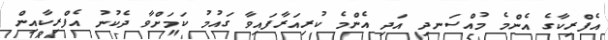
އެފްރިކާގެ އެންމެ މުއްސަނދި އަދި އެންމެ ކުރިއަރާފައިވާ ގައުމު ކަމަށްވާ ދެކުނު އެފްރިކާއިން